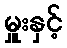
မှူးနှင့်